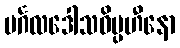
မင်္ဂလဒေါသဝိပ္ပဟီနော